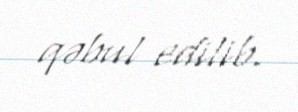
qəbul edilib.